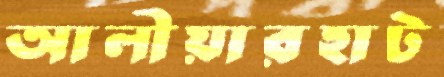
আলীয়ারহাট